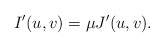
\begin{align*}I'(u,v)=\mu J'(u,v).\end{align*}